Insane asylums Bombay 1873-77 - 1873-1877
Year: 1873
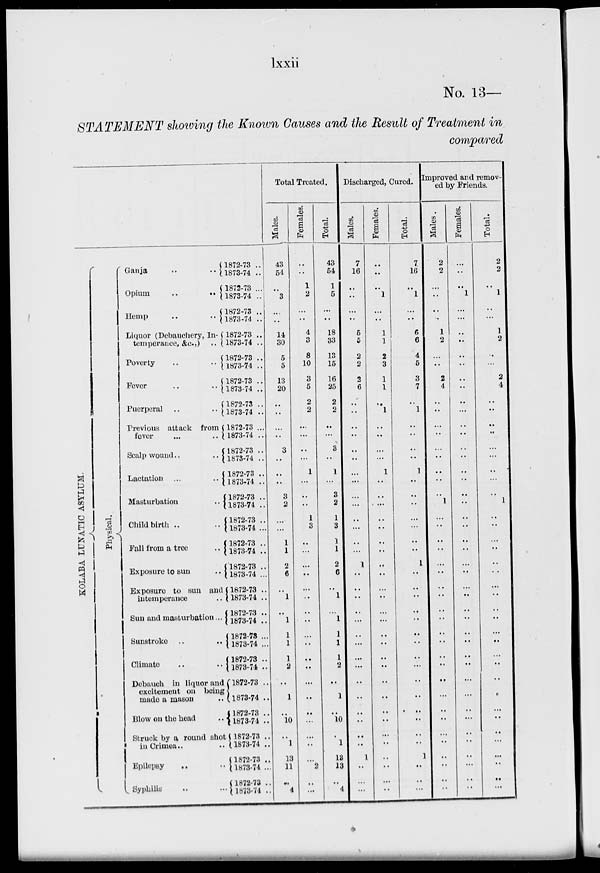
lxxii
No. 13 —
STATEMENT showing the Known Causes and the Result of Treatment in
compared
KOLABA
LUNATIC ASYLUM.
Physical.
Ganja .. ..
Opium
..
..
Hemp
..
..
Liquor (Debauchery, In-
temperance, &c.,) ..
Poverty .. ..
Fever .. ..
Puerperal .. ..
Previous attack from
fever ... ..
Scalp wound .. ..
Lactation ...
..
Masturbation .. ..
Child birth .. ..
Fall from a tree ..
Exposure to sun ..
Exposure to sun and
intemperance ..
Sun and masturbation ...
Sunstroke ..
..
Climate .. ..
Debauch in liquor and
excitement on being
made a mason ..
Blow on the head ..
Struck by a round shot
in Crimea ..
Epilepsy .. ..
Syphilis .. ..
1872-73 ..
1873-74 ..
1872-73 ...
1873-74 ..
1872-73 ..
1873-74 ..
1872-73 ..
1873-74 ..
1872-73 ..
1873-74 ..
1872-73 ..
1873-74 ..
1872-73 ..
1873-74 ..
1872-73 ...
1873-74 ..
1872-73 ..
1873-74 ..
1872-73 ..
1873-74 ..
1872-73 ..
1873-74 ..
1872-73 ..
1873-74 ...
1872-73 ..
1873-74 ..
1872-73 ..
1873-74 ...
1872-73 ..
1873-74 ..
1872-73 ..
1873-74 ..
1872-73 ...
1873-74 ...
1872-73 ..
1873-74 ..
1872-73 ..
1873-74 ..
1872-73 ..
1873-74 ..
1872-73 ..
1873-74 ..
1872-73 ..
1873-74 ...
1872-73 ..
1873-74 ..
Total Treated.
Males.
43
54
..
3
..
..
14
30
5
5
13
20
..
..
..
..
3
..
..
..
3
2
..
...
1
1
2
6
..
1
..
1
1
1
1
2
..
1
..
10
..
1
13
11
..
4
Females.
..
..
1
2
...
..
4
3
8
10
3
5
2
2
..
...
..
...
1
...
..
..
1
3
..
...
..
..
...
..
..
..
..
..
..
..
...
..
..
...
..
..
2
..
...
Total.
43
54
1
5
...
..
18
33
13
15
16
25
2
2
..
...
3
..
1
...
3
2
1
3
1
1
2
6
..
1
...
1
1
1
1
2
..
1
..
10
..
1
13
13
..
4
Discharged, Cured.
Males.
7
16
..
..
...
..
5
5
2
2
2
6
..
..
..
..
..
..
..
...
..
...
..
...
..
...
1
..
..
..
..
...
..
...
..
...
..
..
..
..
..
..
1
..
..
...
Females.
..
..
..
1
...
..
1
1
2
3
1
1
..
1
..
..
..
...
1
..
..
...
..
..
..
..
..
..
..
..
..
...
..
..
..
..
..
..
..
..
...
..
..
..
...
..
Total.
7
16
..
1
...
..
6
6
4
5
3
7
..
1
..
..
..
..
1
..
..
..
...
...
..
..
1
..
..
..
..
..
..
..
..
...
..
..
..
..
..
..
1
..
..
...
Improved and remov-
ed by Friends.
Males.
2
2
..
..
..
..
1
2
..
..
2
4
..
..
..
..
..
..
..
..
..
1
...
..
..
..
..
..
..
..
..
..
..
..
..
..
..
...
..
..
...
..
..
..
..
..
Females.
..
..
..
1
...
...
..
..
..
..
..
..
..
...
..
..
..
..
..
..
..
..
..
..
..
..
..
..
..
..
..
..
..
..
..
..
...
...
..
...
..
..
..
...
..
..
Total.
2
2
1
..
...
1
2
..
...
2
4
..
..
..
..
...
...
..
...
..
1
..
..
...
..
..
..
...
..
..
..
...
..
...
..
..
..
...
..
..
...
...
..
..
...